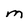
Character: M